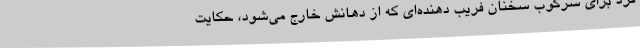
فرد برای سرکوب سخنان فریب دهنده‌ای که از دهانش خارج می‌شود، حکایت